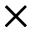
\times